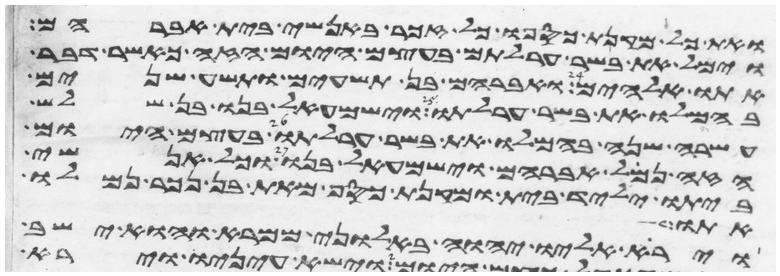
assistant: ואת כל מקנת כספו כל זכר באנשי בית אברהם
וימל את בשר ערלתם בעצם היום הזה כאשר דבר
אתו אלהים ואברהם בן תשעים ותשע שנים
בהמלו את בשר ערלתו וישמעאל בנו בן שלש
עשרה שנה בהמלו את בשר ערלתו בעצם היום
הזה נמל אברהם וישמעאל בנו וכל אנשי
ביתו יליד בית ומקנת כסף מאת בן נכר נמלו
אתו
וירא אליו יהוה באלוני ממרא והוא ישב